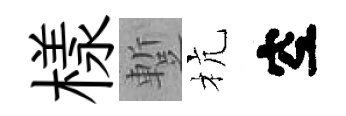
樣蹔杭空